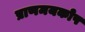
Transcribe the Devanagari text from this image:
प्राणमयकोष